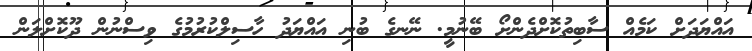
އައްޔަދަށް ކަމެއް ސާބިތުކޮށްދެންށޯ ބޭނުމީ. ނޭނގެ ބުނި އައްޔަދު ހާސިލްކުރުމުގެ ވިސްނުން ދޫކޮށްލަން